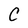
Character: C